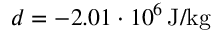
d = - 2 . 0 1 \cdot 1 0 ^ { 6 } \, \mathrm { J / k g }